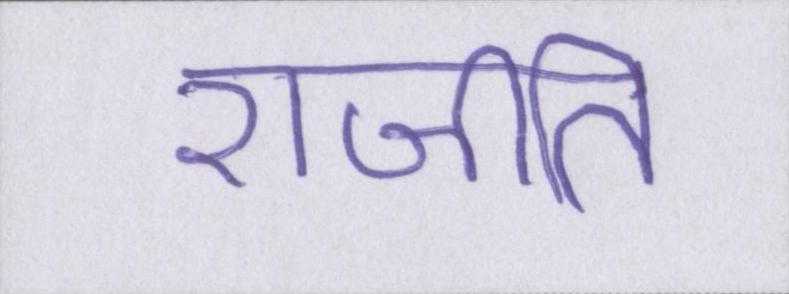
राजीति